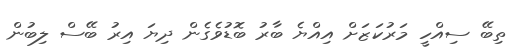
ތިބޭ ސިއްހީ މަރުކަޒަށް އިއްޔެ ބާރު ބޮޑުވެގެން ދިޔަ އިރު ބޭސް ލިބުން